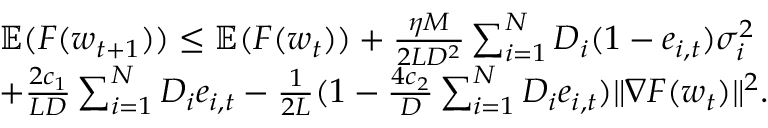
\begin{array} { r l } & { \mathbb { E } ( F ( \boldsymbol { w } _ { t + 1 } ) ) \le \mathbb { E } ( F ( \boldsymbol { w } _ { t } ) ) + \frac { \eta M } { 2 L D ^ { 2 } } \sum _ { i = 1 } ^ { N } D _ { i } ( 1 - e _ { i , t } ) \sigma _ { i } ^ { 2 } } \\ & { + \frac { 2 c _ { 1 } } { L D } \sum _ { i = 1 } ^ { N } D _ { i } e _ { i , t } - \frac { 1 } { 2 L } ( 1 - \frac { 4 c _ { 2 } } { D } \sum _ { i = 1 } ^ { N } D _ { i } e _ { i , t } ) \| \nabla F ( \boldsymbol { w } _ { t } ) \| ^ { 2 } . } \end{array}